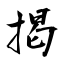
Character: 揭